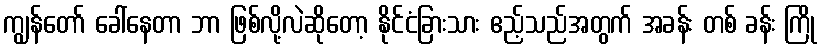
ကျွန်တော် ခေါ်နေတာ ဘာ ဖြစ်လို့လဲဆိုတော့ နိုင်ငံခြားသား ဧည့်သည်အတွက် အခန်း တစ် ခန်း ကြို